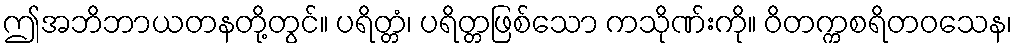
ဤအဘိဘာယတနတို့တွင်။ ပရိတ္တံ၊ ပရိတ္တဖြစ်သော ကသိုဏ်းကို။ ဝိတက္ကစရိတဝသေန၊